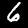
Label: 6